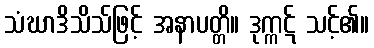
သံဃာဒိသိသ်ဖြင့် အနာပတ္တိ။ ဒုက္ကဋ် သင့်၏။